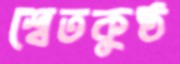
শ্বেতকুষ্ঠ